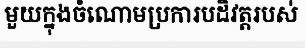
មួយក្នុងចំណោមប្រការបដិវត្តរបស់